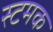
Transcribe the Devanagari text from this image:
स्टमक